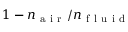
1 - n _ { \mathrm { ~ a ~ i ~ r ~ } } / n _ { \mathrm { ~ f ~ l ~ u ~ i ~ d ~ } }